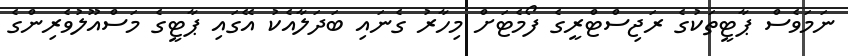
ނަމަވެސް ޕާޓީތަކުގެ ރަޖިސްޓްރީގެ ފޯމެޓަށް މިހާރު ގެނައި ބަދަލާއެކު އޭގައި ޕާޓީގެ މަސްއޫލުވެރިންގެ